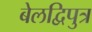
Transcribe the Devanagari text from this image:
बेलद्विपुत्र